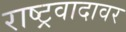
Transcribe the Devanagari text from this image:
राष्ट्रवादावर